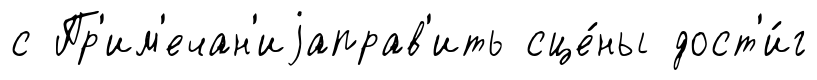
с Пр'им'ечан'иjаправ'ить сце́ны дост'и́г